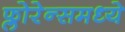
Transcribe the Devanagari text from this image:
फ्लोरेन्समध्ये